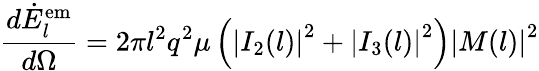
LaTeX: \frac{d\dot{E}_{l}^{\mathrm{em}}}{d\Omega}=2\pi l^{2}q^{2}\mu\left(\left|I_{2}(l)\right|^{2}+\left|I_{3}(l)\right|^{2}\right)\left|M(l)\right|^{2}